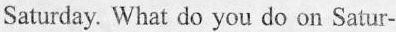
Saturday. What do you do on Satur-